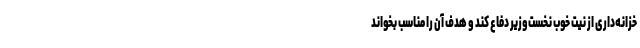
خزانه‌داری از نیت خوب نخست‌وزیر دفاع کند و هدف آن را مناسب بخواند